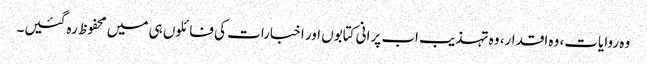
وہ روایات، وہ اقدار، وہ تہذیب اب پرانی کتابوں اور اخبارات کی فائلوں ہی میں محفوظ رہ گئیں۔